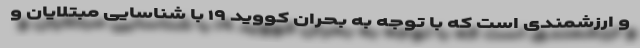
و ارزشمندی است که با توجه به بحران کووید ۱۹ با شناسایی مبتلایان و